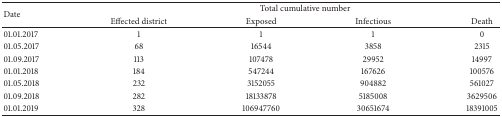
<table><thead><tr><td rowspan="2"><b>Date</b></td><td colspan="4"><b>Total cumulative number</b></td></tr><tr><td><b>Effected district</b></td><td><b>Exposed</b></td><td><b>Infectious</b></td><td><b>Death</b></td></tr></thead><tbody><tr><td>01.01.2017</td><td>1</td><td>1</td><td>1</td><td>0</td></tr><tr><td>01.05.2017</td><td>68</td><td>16544</td><td>3858</td><td>2315</td></tr><tr><td>01.09.2017</td><td>113</td><td>107478</td><td>29952</td><td>14997</td></tr><tr><td>01.01.2018</td><td>184</td><td>547244</td><td>167626</td><td>100576</td></tr><tr><td>01.05.2018</td><td>232</td><td>3152055</td><td>904882</td><td>561027</td></tr><tr><td>01.09.2018</td><td>282</td><td>18133878</td><td>5185008</td><td>3629506</td></tr><tr><td>01.01.2019</td><td>328</td><td>106947760</td><td>30651674</td><td>18391005</td></tr></tbody></table>